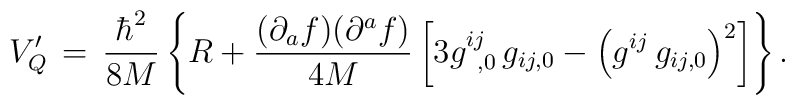
V^{\prime}_{Q}\,=\,\frac{{\hbar}^{2}}{8M}\left\{ R + \frac{(\partial_{a}f)(\partial^{a}f)}{4 M}\left[ 3 g^{ij}_{\phantom{0} ,0} \, g_{ij,0} -{ \left( g^{ij} \, g_{ij,0} \right) }^2\right] \right\}.